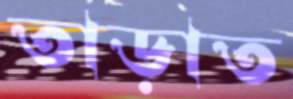
তাড়াত